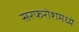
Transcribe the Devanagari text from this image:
सरफरोशमध्ये